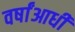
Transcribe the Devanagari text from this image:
वर्षांआधी